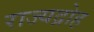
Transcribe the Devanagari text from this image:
राज्यद्रोह